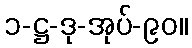
၁-ဋ္ဌ-ဒု-အုပ်-၉၀။